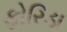
ફોરિડા